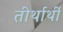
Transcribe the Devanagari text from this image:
तीर्थार्थी